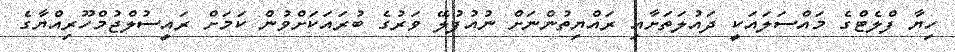
ހިޔާ ފްލެޓްގެ މައްސަލައަކީ ދައުލަތަށާއި ރައްޔިތުންނަށް ނުއުފުލޭ ވަރުގެ ބުރައަކަށްވުން ކަމަށް ރައީސުލްޖުމްހޫރިއްޔާގެ